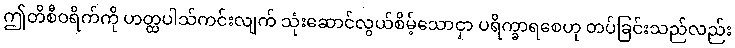
ဤတိစီဝရိက်ကို ဟတ္ထပါသ်ကင်းလျက် သုံးဆောင်လွယ်စိမ့်သောငှာ ပရိက္ခာရစေဟု တပ်ခြင်းသည်လည်း